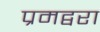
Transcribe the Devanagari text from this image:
प्रमद्वरा